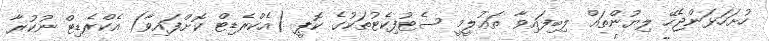
ހުށަހަޅަންޖެހޭ ލިޔުންތައް ލިބިފައިވާ ތަޢުލީމީ ސެޓުފިކެޓުތަކުގެ ކޮޕީ (އެކްރެޑިޓް ކޮށްފައިވާ) އެކްރެޑިޓް ނުކުރާ